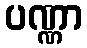
ပဏ္ဏာ